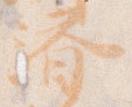
済